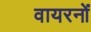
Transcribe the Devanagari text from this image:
वायरनों